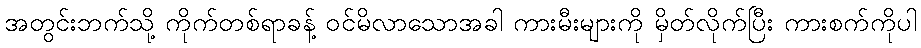
အတွင်းဘက်သို့ ကိုက်တစ်ရာခန့် ဝင်မိလာသောအခါ ကားမီးများကို မှိတ်လိုက်ပြီး ကားစက်ကိုပါ